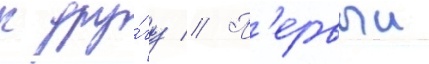
к дру́гу // П'ервыи